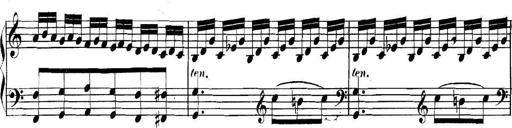
Title: Collected Piano Sonatas
Composer: Muzio Clementi